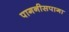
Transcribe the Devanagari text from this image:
पागनीसपागा